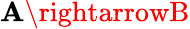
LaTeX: \mathbf{A}\rightarrowB